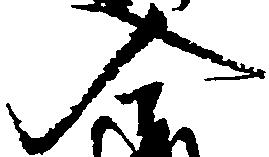
入